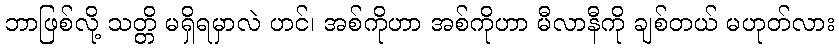
ဘာဖြစ်လို့ သတ္တိ မရှိရမှာလဲ ဟင်၊ အစ်ကိုဟာ အစ်ကိုဟာ မီလာနီကို ချစ်တယ် မဟုတ်လား